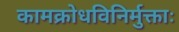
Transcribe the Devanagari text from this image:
कामक्रोधविनिर्मुक्ताः